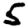
Digit: 5